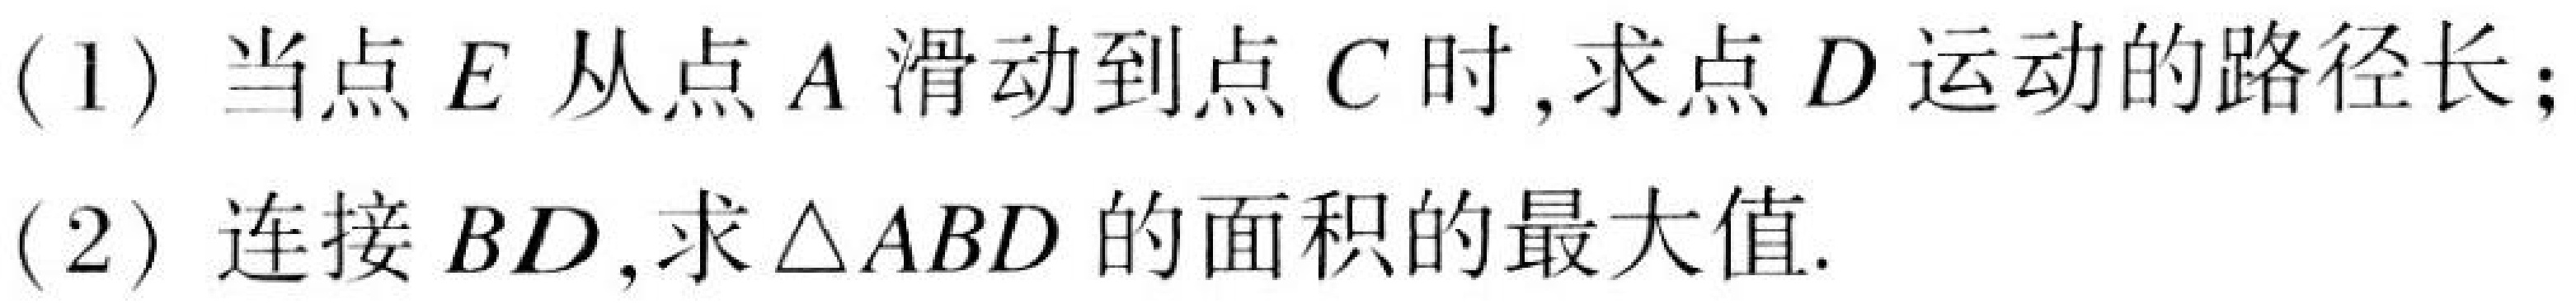
(1) 当点 \(E\) 从点 \(A\) 滑动到点 \(C\) 时,求点 \(D\) 运动的路径长;
(2) 连接 \(BD\),求\(\triangle ABD\) 的面积的最大值.